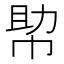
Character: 𢃃